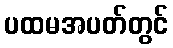
ပထမအပတ်တွင်